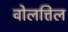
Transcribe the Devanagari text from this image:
वोलत्तिल